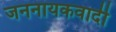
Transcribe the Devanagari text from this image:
जननायकवादी